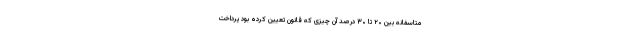
متاسفانه بین ۲۰ تا ۳۰ درصد آن چیزی که قانون تعیین کرده بود پرداخت